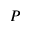
P